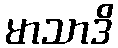
မာသာဒိ